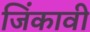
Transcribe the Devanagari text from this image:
जिंकावी